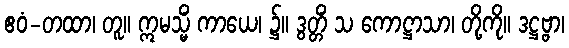
ဧဝံ-တထာ၊ တူ။ ဣမသ္မိံ ကာယေ၊ ၌။ ဒွတ္တိံ သ ကောဋ္ဌာသာ၊ တို့ကို။ ဒဋ္ဌဗ္ဗာ၊